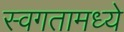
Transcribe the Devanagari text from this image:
स्वगतामध्ये